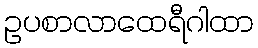
ဥပစာလာထေရီဂါထာ